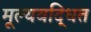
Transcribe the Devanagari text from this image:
मूल्यवद्धित